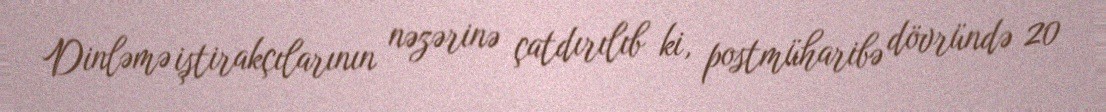
Dinləmə iştirakçılarının nəzərinə çatdırılıb ki, postmüharibə dövründə 20